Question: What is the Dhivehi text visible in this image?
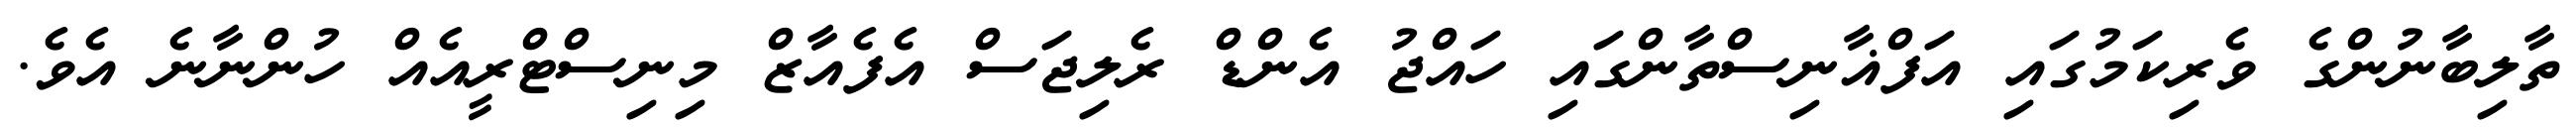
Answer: ތާލިބާނުންގެ ވެރިކަމުގައި އަފްޣާނިސްތާންގައި ހައްޖު އެންޑް ރެލިޖަސް އެފެއާޒް މިނިސްޓްރީއެއް ހުންނާނެ އެވެ.